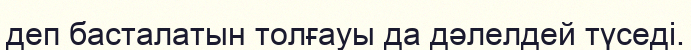
деп басталатын толғауы да дәлелдей түседі.